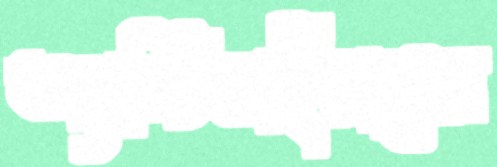
অ্যান্টিভাইরাসের